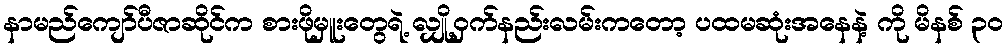
နာမည်ကျော်ပီဇာဆိုင်က စားဖိုမှူးတွေရဲ့ လျှို့ဝှက်နည်းလမ်းကတော့ ပထမဆုံးအနေနဲ့ ကို မိနစ် ၃၀